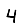
Digit: 4